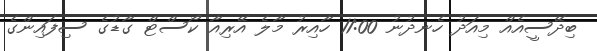
ބިދޭސީއެއް މިއަދު ހެނދުނު 11:00 ހާއިރު މާލެ އޭރިއާ ކޯސްޓް ގާޑުގެ ސިފައިންގެ